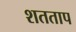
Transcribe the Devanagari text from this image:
शतताप